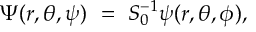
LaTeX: \Psi ( r , \theta , \psi ) ~ = ~ S _ { 0 } ^ { - 1 } \psi ( r , \theta , \phi ) ,